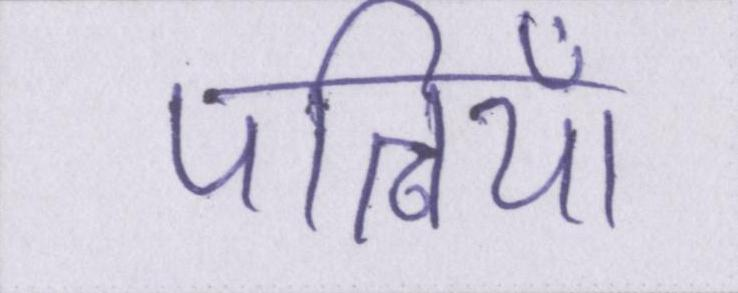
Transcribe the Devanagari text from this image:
पत्नियाँ